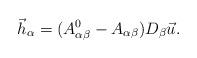
LaTeX: \begin{align*}\vec h_\alpha=(A_{\alpha\beta}^0-A_{\alpha\beta})D_\beta \vec u.\end{align*}